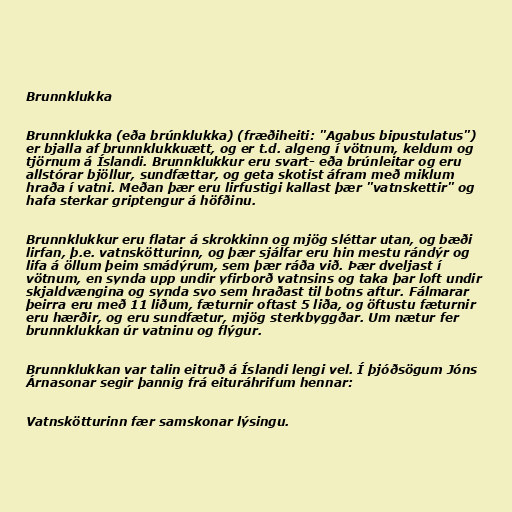
Brunnklukka

Brunnklukka (eða brúnklukka) (fræðiheiti: "Agabus bipustulatus")
er bjalla af brunnklukkuætt, og er t.d. algeng í vötnum, keldum og
tjörnum á Íslandi. Brunnklukkur eru svart- eða brúnleitar og eru
allstórar bjöllur, sundfættar, og geta skotist áfram með miklum
hraða í vatni. Meðan þær eru lirfustigi kallast þær "vatnskettir" og
hafa sterkar griptengur á höfðinu.

Brunnklukkur eru flatar á skrokkinn og mjög sléttar utan, og bæði
lirfan, þ.e. vatnskötturinn, og þær sjálfar eru hin mestu rándýr og
lifa á öllum þeim smádýrum, sem þær ráða við. Þær dveljast í
vötnum, en synda upp undir yfirborð vatnsins og taka þar loft undir
skjaldvængina og synda svo sem hraðast til botns aftur. Fálmarar
þeirra eru með 11 liðum, fæturnir oftast 5 liða, og öftustu fæturnir
eru hærðir, og eru sundfætur, mjög sterkbyggðar. Um nætur fer
brunnklukkan úr vatninu og flýgur.

Brunnklukkan var talin eitruð á Íslandi lengi vel. Í þjóðsögum Jóns
Árnasonar segir þannig frá eituráhrifum hennar:

Vatnskötturinn fær samskonar lýsingu.